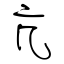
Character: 亢